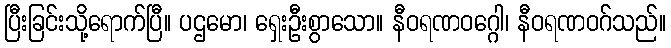
ပြီးခြင်းသို့ရောက်ပြီ။ ပဌမော၊ ရှေးဦးစွာသော။ နီဝရဏဝဂ္ဂေါ၊ နီဝရဏဝဂ်သည်။